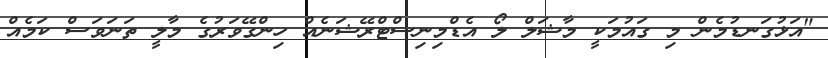
"އަޅުގަނޑުމެން މި ގައުމަކީ މާޝަލް ލޯ އެޑްމިނިސްޓްރޭޝަނެއް ހިންގޭވަރުގެ މާލީ ތަނަވަސް ކަމެއް